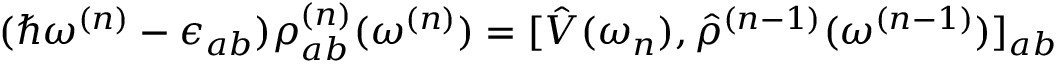
( \hslash \omega ^ { ( n ) } - \epsilon _ { a b } ) \rho _ { a b } ^ { ( n ) } ( \omega ^ { ( n ) } ) = [ \hat { V } ( \omega _ { n } ) , \hat { \rho } ^ { ( n - 1 ) } ( \omega ^ { ( n - 1 ) } ) ] _ { a b }